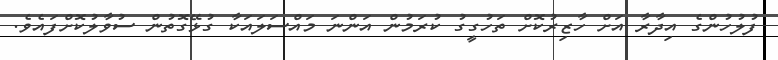
ފުލުހުންގެ އިދާރާ އަށް ހާޒިރުކޮށް ތަހުގީގު ކުރަމުން އަންނަ މައްސަލައަކާ ގުޅޭގޮތުން ސުވާލުކޮށްފައެވެ.